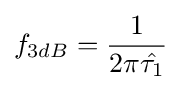
f_{3dB}={\frac {1}{2\pi {\hat {\tau _{1}}}}}\